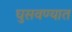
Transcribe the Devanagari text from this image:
घुसवण्यात